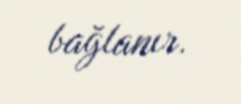
bağlanır.